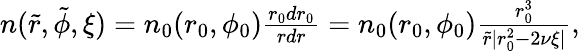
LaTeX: \begin{array}{r}{n(\tilde{r},\tilde{\phi},\xi)=n_{0}(r_{0},\phi_{0})\frac{r_{0}dr_{0}}{rdr}=n_{0}(r_{0},\phi_{0})\frac{r_{0}^{3}}{\tilde{r}|r_{0}^{2}-2\nu\xi|},}\end{array}